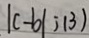
\vert c - b \vert ; 1 3 )